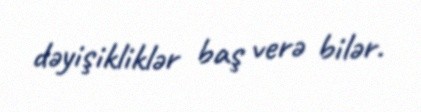
dəyişikliklər baş verə bilər.